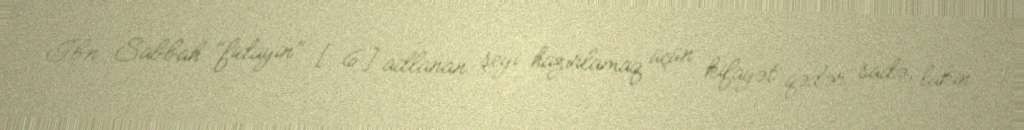
İbn Sabbah "fidayin" [6] adlanan şeyi hazırlamaq üçün kifayət qədər sadə, lakin